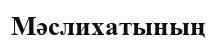
Мәслихатының